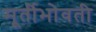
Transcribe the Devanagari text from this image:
मूर्तीभोवती